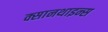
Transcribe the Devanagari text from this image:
क्सानथाइन्स